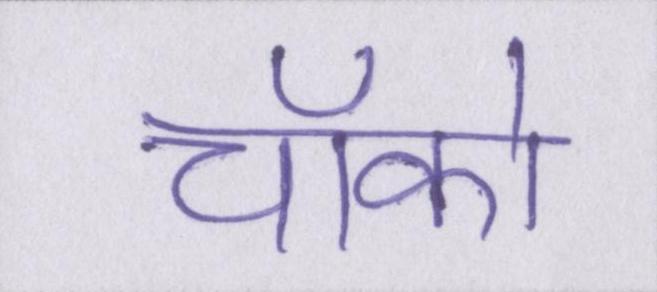
चॉको